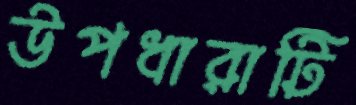
উপধারাটি